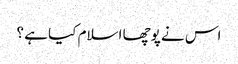
اس نے پوچھا اسلام کیا ہے ؟